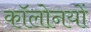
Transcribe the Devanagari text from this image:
कॉलोनयों